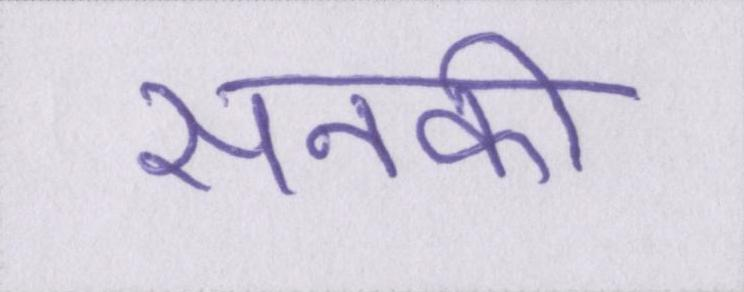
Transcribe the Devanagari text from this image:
सनकी